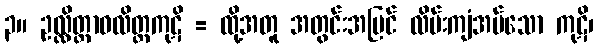
၃။ ဥလ္လိတ္တာဝလိတ္တကုဋိ = ထို့အတူ အတွင်းအပြင် လိမ်းကျံအပ်သော ကုဋိ၊